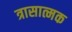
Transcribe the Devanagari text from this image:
त्रासात्मक